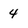
Character: 4